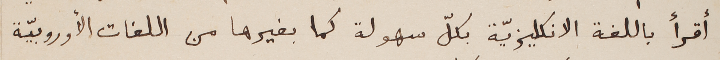
أقرأ باللغة الانكليزيّة بكلّ سهولة كما بغيرها من اللغات الأوروبيّة